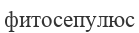
фитосепулюс